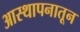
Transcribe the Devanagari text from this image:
आस्थापनातून